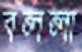
বললা